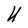
Character: U